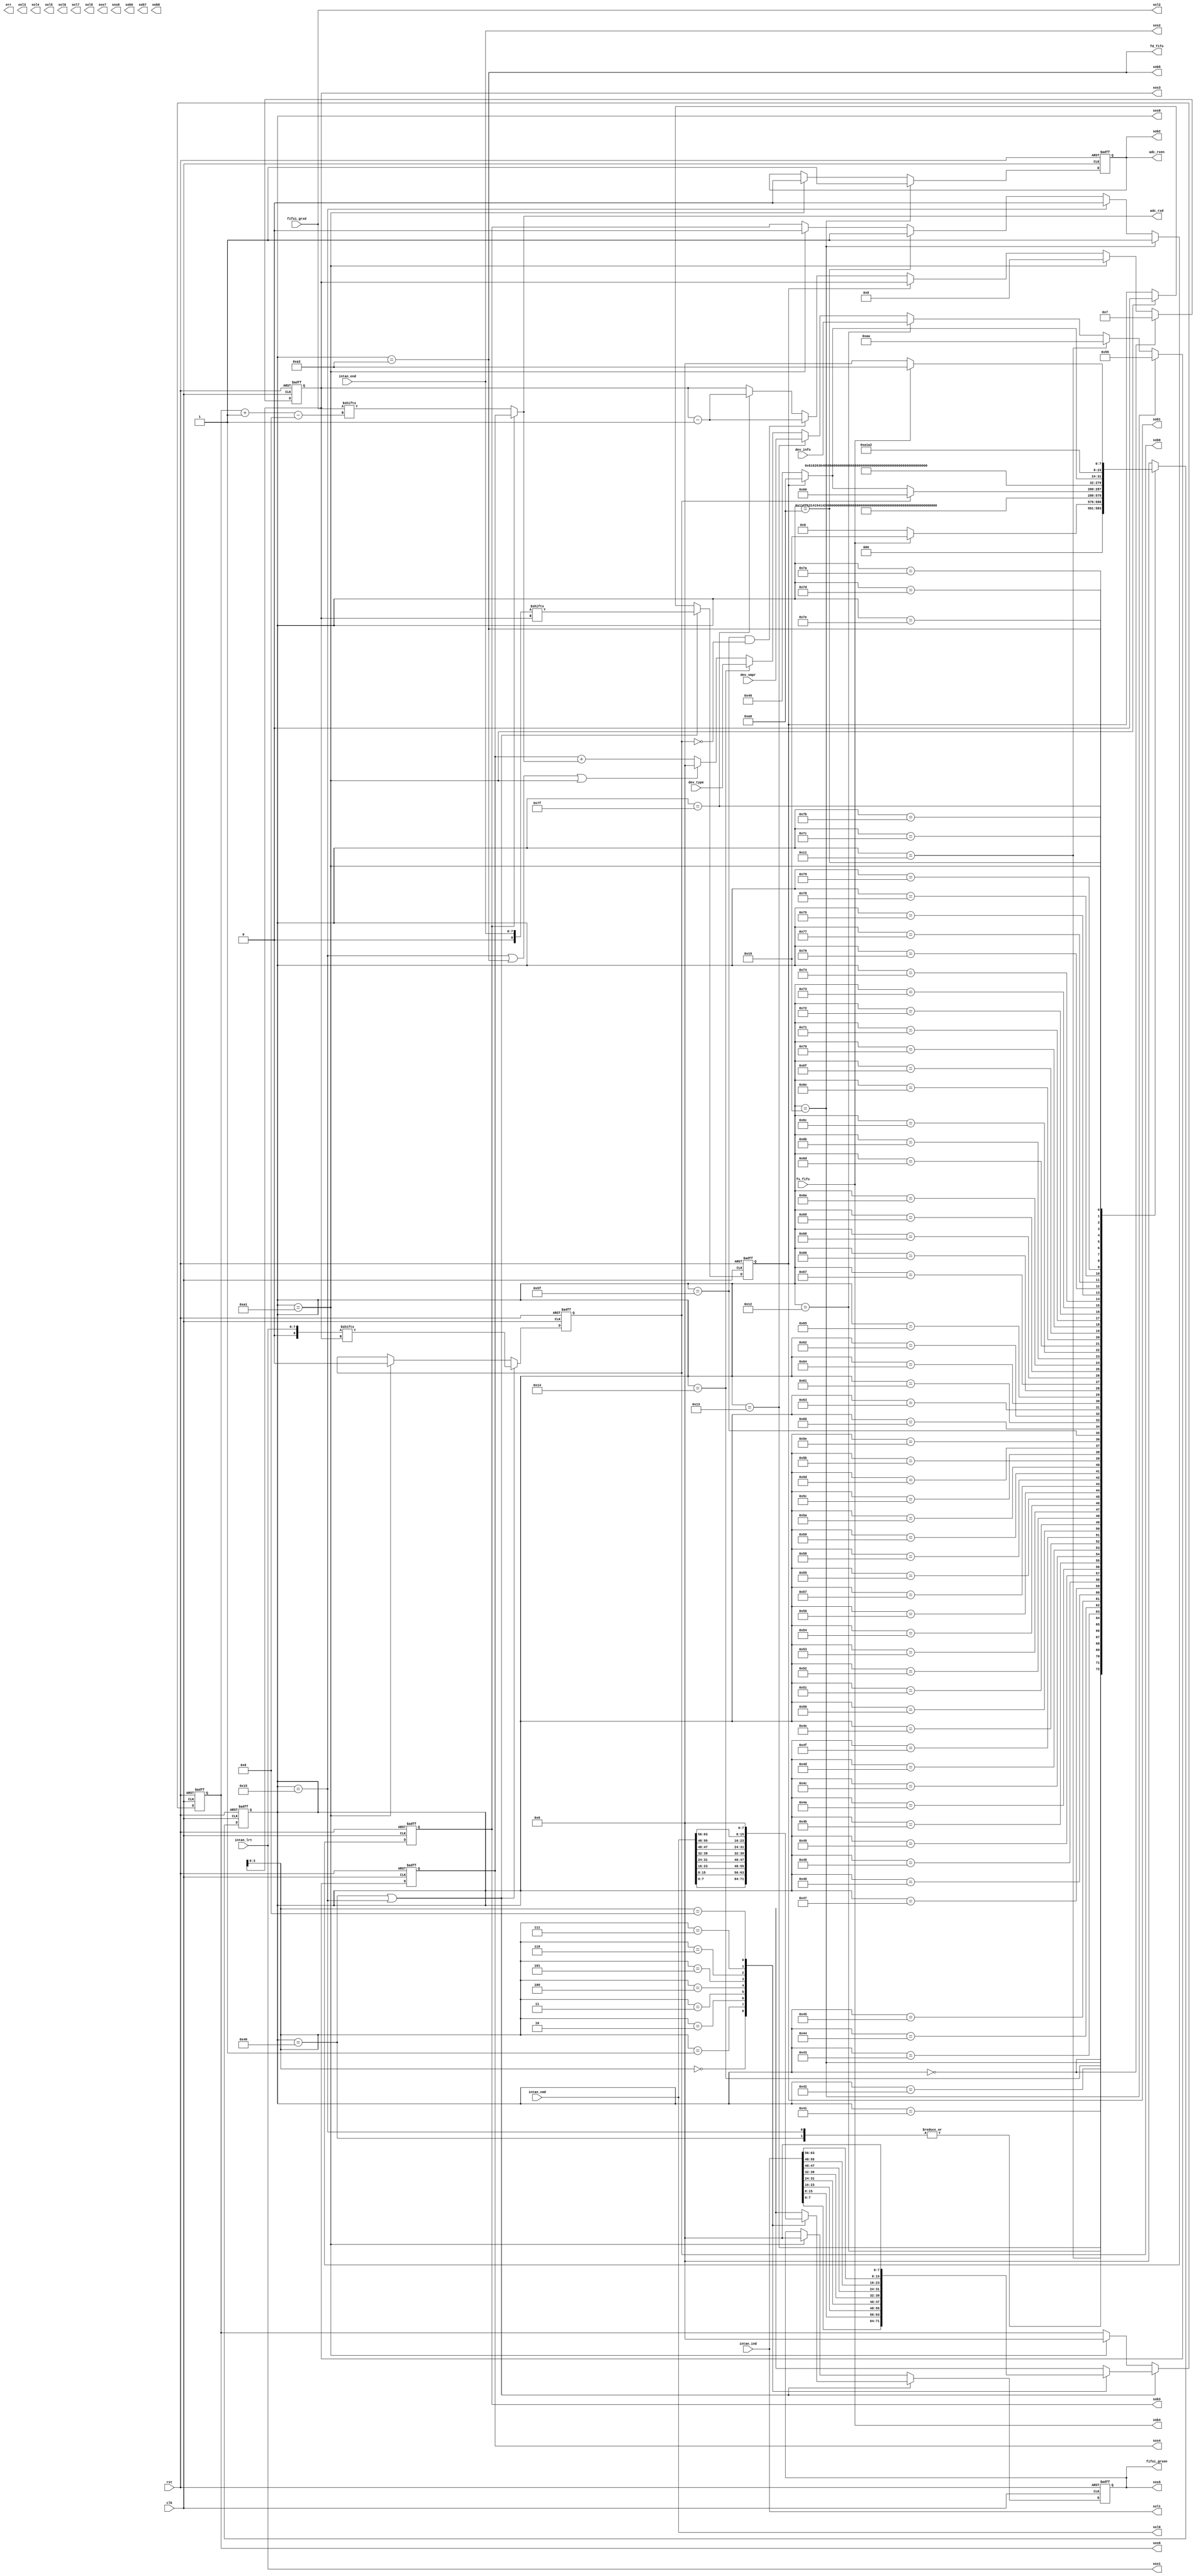
module fifo2adc(
    input clk,
    input rst,
    output err,

    input fs_fifo,
    output fd_fifo,

    output reg adc_rxen,
    output [7:0] fifoi_grxen,

    input [7:0] dev_type,
    input [7:0] dev_info,
    input [7:0] dev_smpr,

    input [63:0] fifoi_grxd,
    output [7:0] adc_rxd,

    input [63:0] intan_cmd,
    input [63:0] intan_ind,
    input [7:0] intan_lrt,
    input [7:0] intan_end,

    output [63:0] sol0,
    output [63:0] sol1,
    output [63:0] sol2,
    output [63:0] sol3,
    output [63:0] sol4,
    output [63:0] sol5,
    output [63:0] sol6,
    output [63:0] sol7,
    output [63:0] sol8,
    
    output [7:0] sos0,
    output [7:0] sos1,
    output [7:0] sos2,
    output [7:0] sos3,
    output [7:0] sos4,
    output [7:0] sos5,
    output [7:0] sos6,
    output [7:0] sos7,
    output [7:0] sos8,

    output sob0,
    output sob1,
    output sob2,
    output sob3,
    output sob4,
    output sob5,
    output sob6,
    output sob7,
    output sob8
);
    assign sol0 = intan_cmd;
    assign sol1 = intan_ind;
    assign sol2 = fifoi_grxd;
    
    assign sos0 = state;
    assign sos1 = intan_lrt;
    assign sos2 = intan_end;
    assign sos3 = flag_num;
    assign sos4 = hdat;
    assign sos5 = flag_cmd;
    assign sos6 = flag_ind;

    assign sob0 = flag_lrt;
    assign sob1 = flag_end;
    assign sob2 = adc_rxen;
    assign sob3 = flag_hrd;
    assign sob4 = fs_fifo;
    assign sob5 = fd_fifo;


    localparam IDLE = 8'h00;
    localparam HD00 = 8'h10, HD01 = 8'h11, DIFO = 8'h12;
    localparam DSPR = 8'h13, DTYE = 8'h14, DBGN = 8'h15;
    localparam D00H = 8'h40, D00L = 8'h41, D01H = 8'h42, D01L = 8'h43;
    localparam D02H = 8'h44, D02L = 8'h45, D03H = 8'h46, D03L = 8'h47;
    localparam D04H = 8'h48, D04L = 8'h49, D05H = 8'h4A, D05L = 8'h4B;
    localparam D06H = 8'h4C, D06L = 8'h4D, D07H = 8'h4E, D07L = 8'h4F;
    localparam D08H = 8'h50, D08L = 8'h51, D09H = 8'h52, D09L = 8'h53;
    localparam D10H = 8'h54, D10L = 8'h55, D11H = 8'h56, D11L = 8'h57;
    localparam D12H = 8'h58, D12L = 8'h59, D13H = 8'h5A, D13L = 8'h5B;
    localparam D14H = 8'h5C, D14L = 8'h5D, D15H = 8'h5E, D15L = 8'h5F;
    localparam D16H = 8'h60, D16L = 8'h61, D17H = 8'h62, D17L = 8'h63;
    localparam D18H = 8'h64, D18L = 8'h65, D19H = 8'h66, D19L = 8'h67;
    localparam D20H = 8'h68, D20L = 8'h69, D21H = 8'h6A, D21L = 8'h6B;
    localparam D22H = 8'h6C, D22L = 8'h6D, D23H = 8'h6E, D23L = 8'h6F;
    localparam D24H = 8'h70, D24L = 8'h71, D25H = 8'h72, D25L = 8'h73;
    localparam D26H = 8'h74, D26L = 8'h75, D27H = 8'h76, D27L = 8'h77;
    localparam D28H = 8'h78, D28L = 8'h79, D29H = 8'h7A, D29L = 8'h7B;
    localparam D30H = 8'h7C, D30L = 8'h7D, D31H = 8'h7E, D31L = 8'h7F;
    localparam PART = 8'hA0, DONE = 8'hA1, LAST = 8'hA2;

    reg [7:0] state, next_state;
    wire [7:0] fifoi_gcmd[8:0];
    wire [7:0] fifoi_gind[8:0];
    wire [8:0] fifoi_glrt;
    wire [8:0] fifoi_gend;

    reg [7:0] hdat;

    reg flag_hrd, flag_lrt, flag_end;
    reg [7:0] flag_cmd, flag_ind, flag_num;

    assign fifoi_gcmd[8] = 8'h00;
    assign fifoi_gcmd[7] = intan_cmd[63:56];
    assign fifoi_gcmd[6] = intan_cmd[55:48];
    assign fifoi_gcmd[5] = intan_cmd[47:40];
    assign fifoi_gcmd[4] = intan_cmd[39:32];
    assign fifoi_gcmd[3] = intan_cmd[31:24];
    assign fifoi_gcmd[2] = intan_cmd[23:16];
    assign fifoi_gcmd[1] = intan_cmd[15:8];
    assign fifoi_gcmd[0] = intan_cmd[7:0];

    assign fifoi_gind[8] = 8'h00;
    assign fifoi_gind[7] = intan_ind[63:56];
    assign fifoi_gind[6] = intan_ind[55:48];
    assign fifoi_gind[5] = intan_ind[47:40];
    assign fifoi_gind[4] = intan_ind[39:32];
    assign fifoi_gind[3] = intan_ind[31:24];
    assign fifoi_gind[2] = intan_ind[23:16];
    assign fifoi_gind[1] = intan_ind[15:8];
    assign fifoi_gind[0] = intan_ind[7:0];

    assign fifoi_glrt = intan_lrt;
    assign fifoi_gend = intan_end;
    assign fd_fifo = (state == LAST);
    assign fifoi_grxen = flag_cmd;

    assign adc_rxd = (flag_hrd) ?hdat : fifoi_grxd[flag_ind -: 8];

    always @(posedge clk or posedge rst) begin
        if(rst) state <= IDLE;
        else state <= next_state;
    end

    always @(*) begin
        case(state)
            IDLE: begin
                if(fs_fifo) next_state <= HD00;
                else next_state <= IDLE;
            end
            HD00: next_state <= HD01;
            HD01: next_state <= DIFO;
            DIFO: next_state <= DSPR;
            DSPR: next_state <= DTYE;
            DTYE: next_state <= DBGN;
            DBGN: next_state <= D00L;
            D00H: next_state <= D00L;
            D00L: next_state <= D01H;
            D01H: next_state <= D01L;
            D01L: next_state <= D02H;
            D02H: next_state <= D02L;
            D02L: next_state <= D03H;
            D03H: next_state <= D03L;
            D03L: next_state <= D04H;
            D04H: next_state <= D04L;
            D04L: next_state <= D05H;
            D05H: next_state <= D05L;
            D05L: next_state <= D06H;
            D06H: next_state <= D06L;
            D06L: next_state <= D07H;
            D07H: next_state <= D07L;
            D07L: next_state <= D08H;
            D08H: next_state <= D08L;
            D08L: next_state <= D09H;
            D09H: next_state <= D09L;
            D09L: next_state <= D10H;
            D10H: next_state <= D10L;
            D10L: next_state <= D11H;
            D11H: next_state <= D11L;
            D11L: next_state <= D12H;
            D12H: next_state <= D12L;
            D12L: next_state <= D13H;
            D13H: next_state <= D13L;
            D13L: next_state <= D14H;
            D14H: next_state <= D14L;
            D14L: next_state <= D15H;
            D15H: next_state <= D15L;
            D15L: begin
                if(flag_lrt) next_state <= D16H;
                else if(flag_end) next_state <= PART;
                else next_state <= D00H;
            end
            D16H: next_state <= D16L;
            D16L: next_state <= D17H;
            D17H: next_state <= D17L;
            D17L: next_state <= D18H;
            D18H: next_state <= D18L;
            D18L: next_state <= D19H;
            D19H: next_state <= D19L;
            D19L: next_state <= D20H;
            D20H: next_state <= D20L;
            D20L: next_state <= D21H;
            D21H: next_state <= D21L;
            D21L: next_state <= D22H;
            D22H: next_state <= D22L;
            D22L: next_state <= D23H;
            D23H: next_state <= D23L;
            D23L: next_state <= D24H;
            D24H: next_state <= D24L;
            D24L: next_state <= D25H;
            D25H: next_state <= D25L;
            D25L: next_state <= D26H;
            D26H: next_state <= D26L;
            D26L: next_state <= D27H;
            D27H: next_state <= D27L;
            D27L: next_state <= D28H;
            D28H: next_state <= D28L;
            D28L: next_state <= D29H;
            D29H: next_state <= D29L;
            D29L: next_state <= D30H;
            D30H: next_state <= D30L;
            D30L: next_state <= D31H;
            D31H: next_state <= D31L;
            D31L: begin
                if(flag_end) next_state <= PART;
                else next_state <= D00H;
            end
            PART: next_state <= DONE;
            DONE: next_state <= LAST;
            LAST: begin
                if(~fs_fifo) next_state <= IDLE;
                else next_state <= LAST;
            end
            default: next_state <= IDLE;
        endcase
    end


    always @(posedge clk or posedge rst) begin // flag_hrd
        if(rst) flag_hrd <= 1'b0;
        else if(state == HD00) flag_hrd <= 1'b1;
        else if(state == DBGN) flag_hrd <= 1'b0;
        else if(state == PART) flag_hrd <= 1'b1;
        else if(state == DONE) flag_hrd <= 1'b0;
        else flag_hrd <= flag_hrd; 
    end

    always @(posedge clk or posedge rst) begin // flag_num
        if(rst) flag_num <= 8'h08;
        else if(state == IDLE) flag_num <= 8'h07;
        else if(state == DONE) flag_num <= 8'h08;
        else if(flag_end) flag_num <= flag_num;
        else if(state == D15L && (~flag_lrt)) flag_num <= flag_num - 1'b1;
        else if(state == D31L) flag_num <= flag_num - 1'b1;
        else flag_num <= flag_num;
    end

    always @(posedge clk or posedge rst) begin // adc_rxen
        if(rst) adc_rxen <= 1'b0;
        else if(state == HD00) adc_rxen <= 1'b1;
        else if(state == DONE) adc_rxen <= 1'b0;
        else adc_rxen <= adc_rxen;
    end

    always @(posedge clk or posedge rst) begin
        if(rst) hdat <= 8'h00;
        else if(state == HD00) hdat <= 8'h55;
        else if(state == HD01) hdat <= 8'hAA;
        else if(state == DIFO) hdat <= dev_info;
        else if(state == DSPR) hdat <= dev_smpr;
        else if(state == DTYE) hdat <= dev_type;
        else if(state == DBGN || state == LAST || state == DONE) hdat <= 8'h00;
        else hdat <= hdat + adc_rxd;
    end

    always @(posedge clk or posedge rst) begin 
        if(rst) begin
            flag_lrt <= 1'b0;
            flag_end <= 1'b0;
            flag_ind <= 8'h00;
            flag_cmd <= 8'h00;
        end
        else if(state == D00H || state == DBGN) begin
            flag_lrt <= fifoi_glrt[flag_num];
            flag_end <= fifoi_gend[flag_num];
            flag_ind <= fifoi_gind[flag_num];
            flag_cmd <= fifoi_gcmd[flag_num];
        end
        else if (state == DONE) begin
            flag_lrt <= 1'b0;
            flag_end <= 1'b0;
            flag_ind <= 8'h00;
            flag_cmd <= 8'h00;
        end
        else begin
            flag_lrt <= flag_lrt;
            flag_end <= flag_end;
            flag_ind <= flag_ind;
            flag_cmd <= flag_cmd;
        end
    end

endmodule